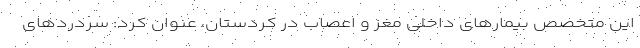
این متخصص بیمارهای داخلی مغز و اعصاب در کردستان، عنوان کرد: سردردهای